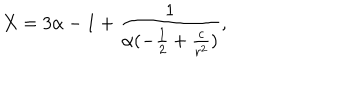
X = 3 \alpha - 1 + \frac { 1 } { \alpha ( - \frac 1 2 + \frac { c } { r ^ { 2 } } ) } ,